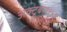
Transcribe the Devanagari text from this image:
अक्टूबर१९५७